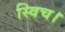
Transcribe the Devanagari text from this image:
स्विच।